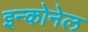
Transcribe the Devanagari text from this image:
इन्कोनेल